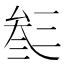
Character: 𠫽